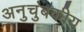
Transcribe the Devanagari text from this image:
अनुचुंबकीय